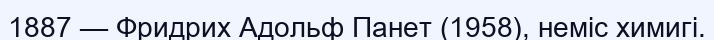
1887 — Фридрих Адольф Панет (1958), неміс химигі.